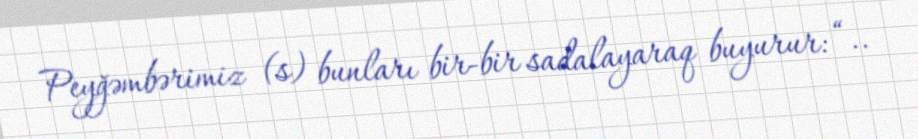
Peyğəmbərimiz (s) bunları bir-bir sadalayaraq buyurur: “..